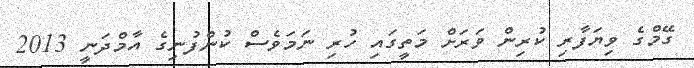
ގޭމްގެ ވިޔަފާރި ކުރިން ވަރަށް މަތީގައި ހުރި ނަމަވެސް ކުންފުނިގެ އާމްދަނީ 2013